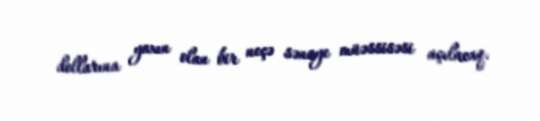
dollarına yaxın olan bir neçə sənaye müəssisəsi açılacaq.